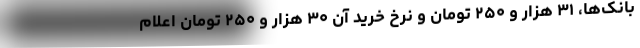
بانک‌ها، ۳۱ هزار و ۲۵۰ تومان و نرخ خرید آن ۳۰ هزار و ۲۵۰ تومان اعلام